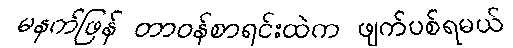
မနက်ဖြန် တာဝန်စာရင်းထဲက ဖျက်ပစ်ရမယ်